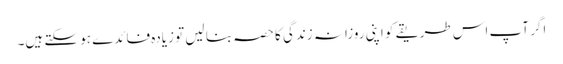
اگر آپ اس طریقے کو اپنی روزانہ زندگی کا حصہ بنا لیں تو زیادہ فائدے ہو سکتے ہیں۔